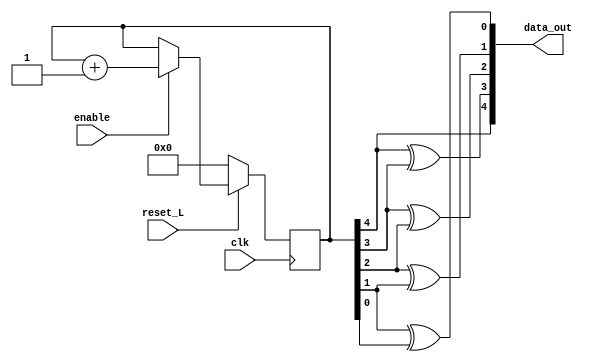
module contador_gray_cond (
                           input        clk,
                           input        reset_L,
                           input        enable,
                           output [4:0] data_out
                           );

   reg [4:0]                                count;

   always @ (posedge clk) begin
     if (!reset_L) begin
       count <= 0;
     end else if (enable) begin
       count <= count + 1;
     end
   end

   assign data_out = { count[4],
                       (count[4] ^ count[3]),
                       (count[3] ^ count[2]),
                       (count[2] ^ count[1]),
                       (count[1] ^ count[0]) };
endmodule